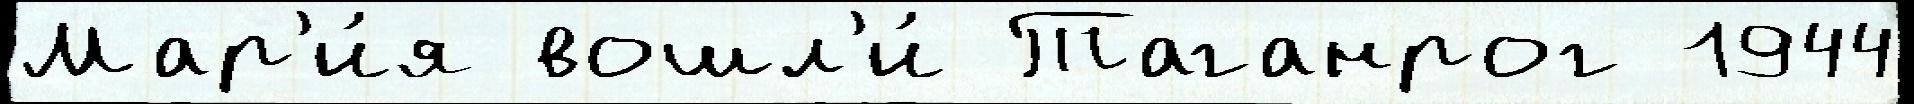
Мар'и́я вошл'и́ Таганрог 1944